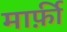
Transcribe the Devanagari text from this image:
मार्फ़ी